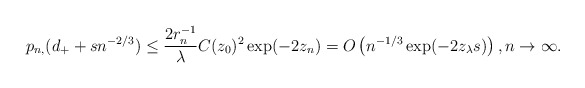
\begin{align*}p_{n,}(d_++sn^{-2/3})\leq\frac{2r_n^{-1}}{\lambda} C(z_0)^2\exp(-2z_n )=O\left(n^{-1/3}\exp(-2z_\lambda s)\right), n\to\infty.\end{align*}